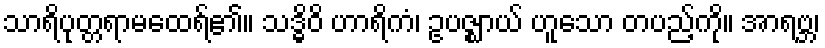
သာရိပုတ္တရာမထေရ်၏။ သဒ္ဓိဝိ ဟာရိကံ၊ ဥပဇ္ဈာယ် ဟူသော တပည့်ကို။ အာရဗ္ဘ၊